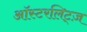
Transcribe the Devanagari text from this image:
ऑस्टरलिट्ज़